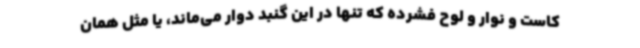
کاست و نوار و لوح فشرده که تنها در این گنبد دوار می‌ماند، یا مثل همان